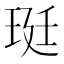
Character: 珽